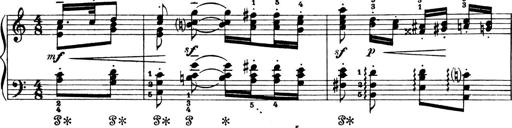
Title: 4 Sonatines
Composer: Max Reger